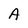
Character: A